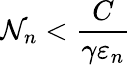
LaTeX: \mathcal{N}_{n}<{\frac{{C}}{{\gamma\varepsilon_{n}}}}